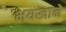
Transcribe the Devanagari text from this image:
भयखाने